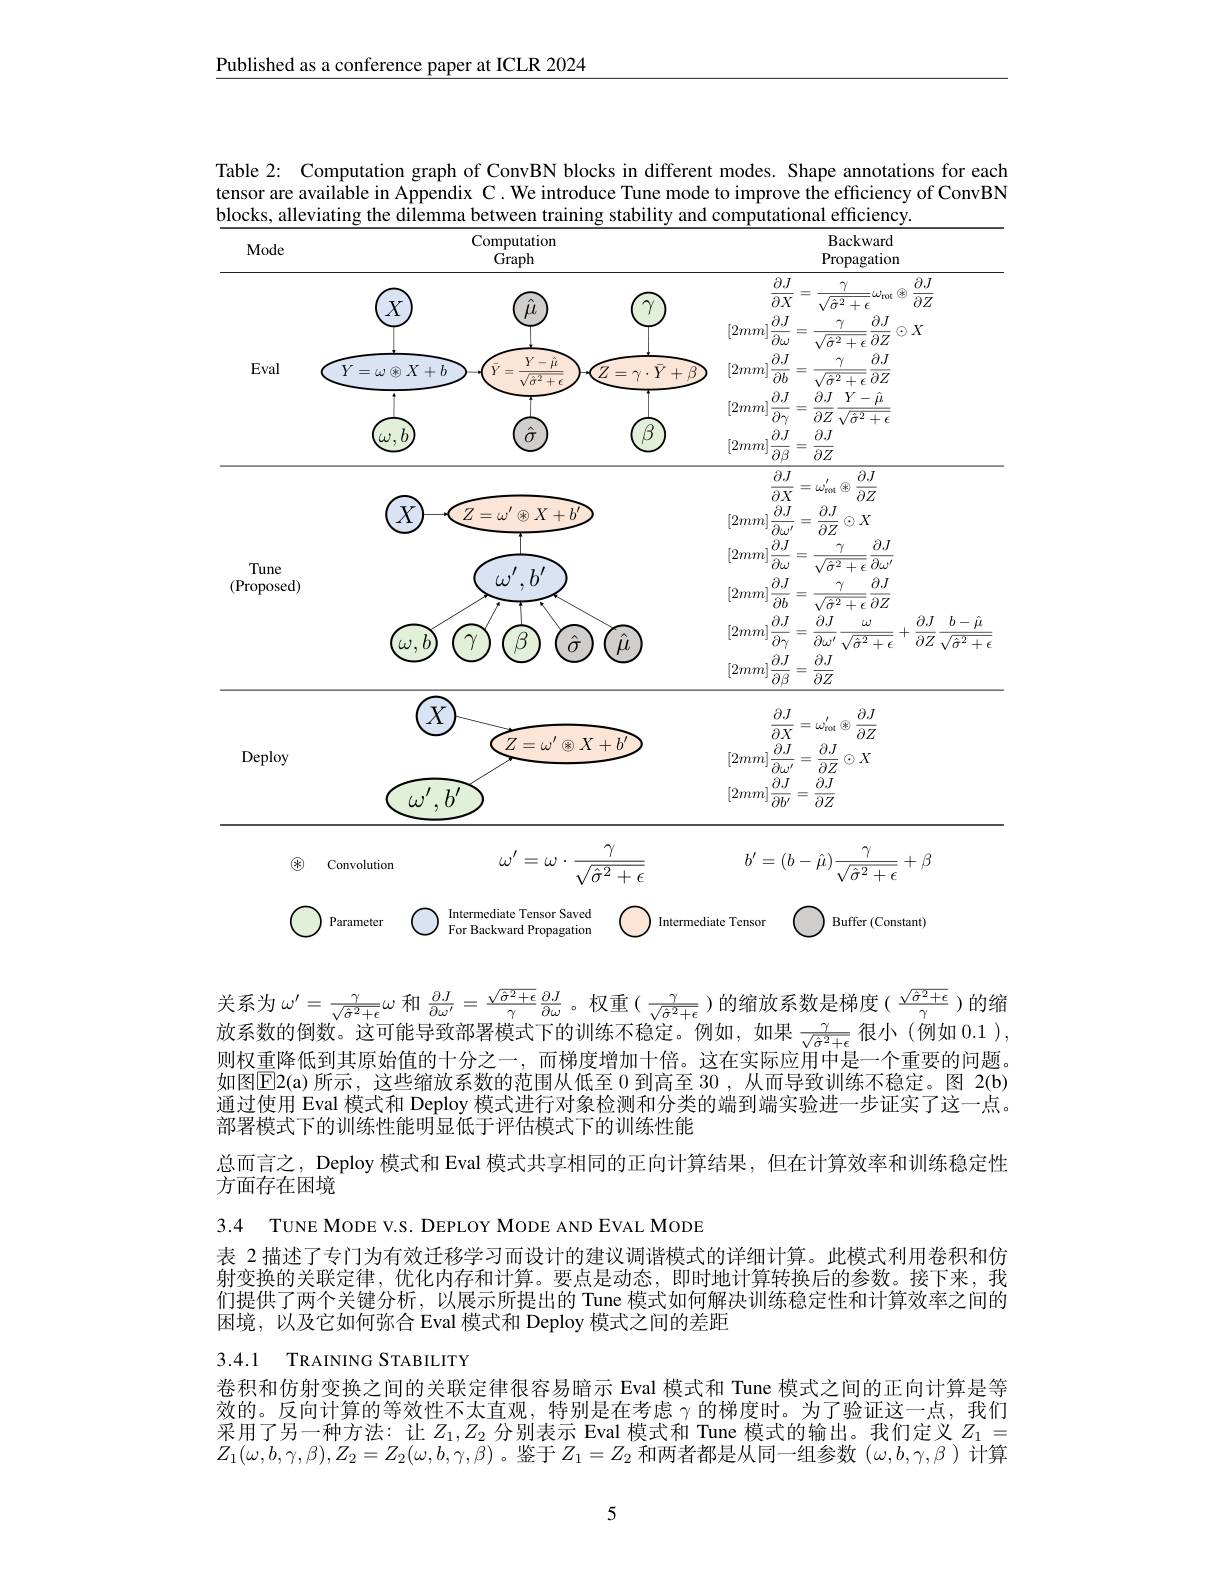
Published as a conference paper at ICLR 2024

Table 2: Computation graph of ConvBN blocks in different modes. Shape annotations for each tensor are available in Appendix C. We introduce Tune mode to improve the efficiency of ConvBN $blocks.$
the dilemma between
and computational efficiency.
<FigureHere>

关系为$\omega^\prime=\frac\gamma{\sqrt{\sigma^2+\epsilon}}\omega$ 和 $\frac{\partial J}{\partial\omega^{\prime}}=\frac{\sqrt{\hat{\sigma}^2+\epsilon}}\gamma\frac{\partial J}{\partial\omega}$。权重$(\frac\gamma{\sqrt{\sigma^2+\epsilon}})$的缩放系数是梯度$(\frac{\sqrt{\sigma^2+\epsilon}}\gamma)$的缩放系数的倒数。这可能导致部署模式下的训练不稳定。例如，如果$\frac\gamma{\sqrt{\sigma^2+\epsilon}}$很小(例如 0.1), 则权 重隆低到其原始值的十分之一.而梯度增加十倍。这在实际应用中是一个重要的问题如图$\overline{\mathrm{E}}$2(a)所示，这些缩放系数的范围从低至 0 到高至 30 , 从而导致训练不稳定。图 2(b) 通过使用 Eval 模式和 Deploy 模式进行对象检测和分类的端到端实验进一步证实了这一点。部署模式下的训练性能明显低于评估模式下的训练性能
总而言之，Deploy 模式和 Eval 模式共享相同的正向计算结果，但在计算效率和训练稳定性

方面存在困境

3.4 TUNE MODE V.S. DEPLOY MODE AND EVAL MODE

表 2 描述了专门为有效迁移学习而设计的建议调谐模式的详细计算。此模式利用卷积和仿射变换的关联定律，优化内存和计算。要点是动态，即时地计算转换后的参数。接下来，我们提供了两个关键分析，以展示所提出的 Tune 模式如何解决训练稳定性和计算效率之间的困境，以及它如何弥合 Eval 模式和 Deploy 模式之间的差距

## 3.4.1 TRAINING STABILITY
卷积和仿射变换之间的关联定律很容易暗示 Eval 模式和 Tune 模式之间的正向计算是等

效的。反向计算的等效性不太直观，特别是在考虑$\gamma$的梯度时。为了验证这一点，我们采用了另一种方法：让$Z_1,Z_2$分别表示 Eval 模式和 Tune 模式的输出。我们定义$Z_{1}=$ $Z_1(\omega,b,\gamma,\beta),Z_2=Z_2(\omega,b,\gamma,\beta)$。鉴于$Z_1=Z_2$和两者都是从同一组参数$(\omega,b,\gamma,\beta)$计算

5